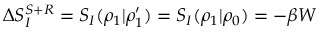
\Delta S _ { I } ^ { S + R } = S _ { I } ( \rho _ { 1 } | \rho _ { 1 } ^ { \prime } ) = S _ { I } ( \rho _ { 1 } | \rho _ { 0 } ) = - \beta W